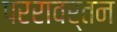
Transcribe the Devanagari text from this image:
पररावर्तन